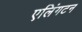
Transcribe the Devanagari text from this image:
एलिंगटन